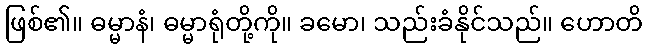
ဖြစ်၏။ ဓမ္မာနံ၊ ဓမ္မာရုံတို့ကို။ ခမော၊ သည်းခံနိုင်သည်။ ဟောတိ